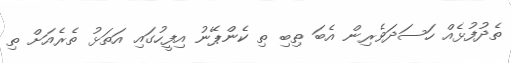
ތެދުފުޅެއް ހަސަދަވެރިން އެބަ ތިބި ތި ކެންޕޭނު އިފީހުގައި އަތަޅު ތެރެއަށް ތި